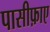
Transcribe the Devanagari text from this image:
पासीफ़ाए